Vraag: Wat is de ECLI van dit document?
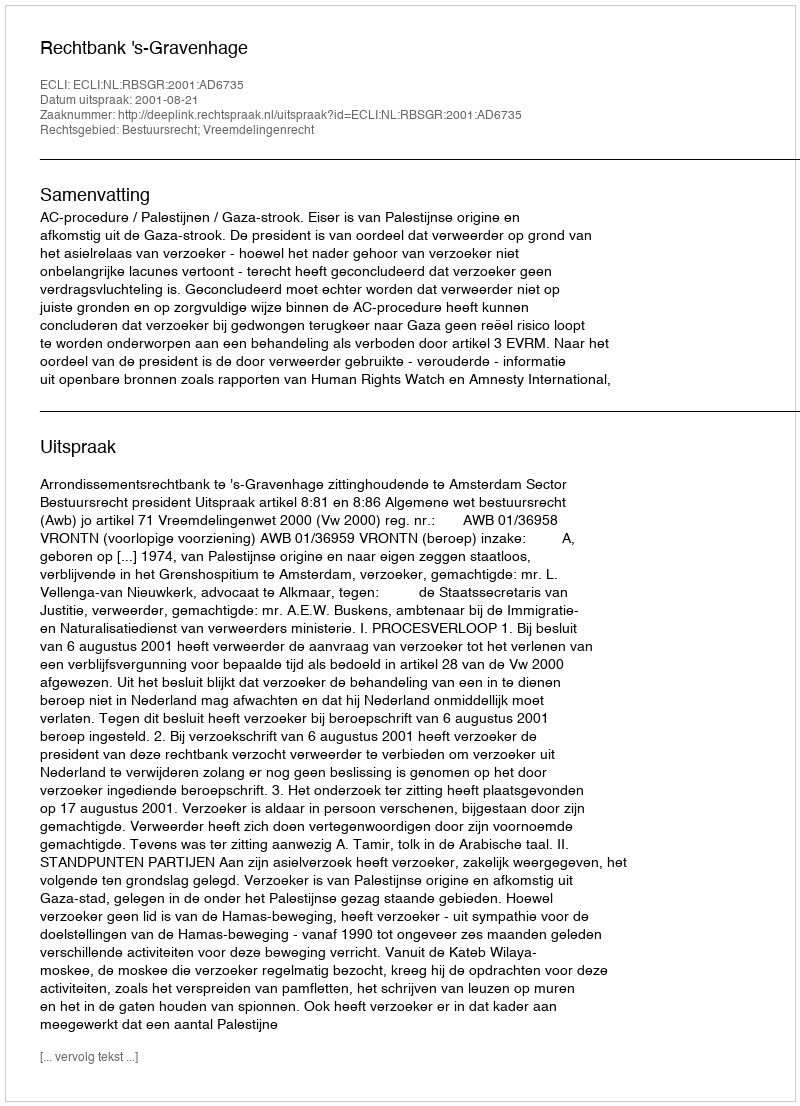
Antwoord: ECLI:NL:RBSGR:2001:AD6735